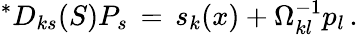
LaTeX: {}^{\ast}D_{ks}(S)P_{s}\, =\, {s}_{k}(x)+\Omega_{kl}^{-1}p_{l}\, .